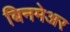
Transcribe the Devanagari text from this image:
बिनमेअर